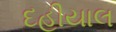
દહીયાલ